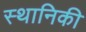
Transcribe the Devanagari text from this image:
स्थानिकी